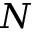
N